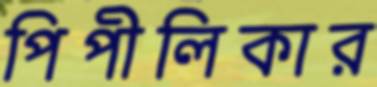
পিপীলিকার